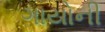
ગાયોની